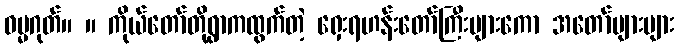
ဓမ္မဂုတ်။ ။ ကိုယ်တော်တို့ရွာကထွက်တဲ့ ရှေးရဟန်းတော်ကြီးများကော အတော်များများ